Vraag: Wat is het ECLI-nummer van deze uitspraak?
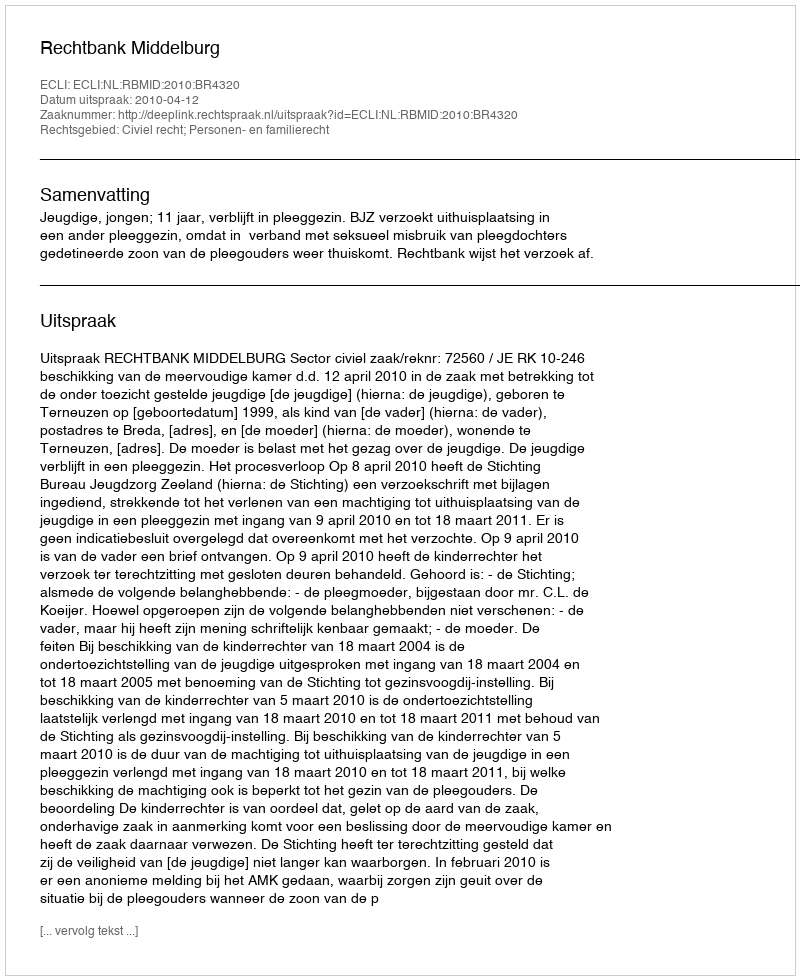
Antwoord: ECLI:NL:RBMID:2010:BR4320